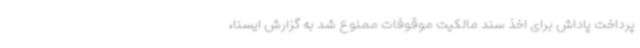
پرداخت پاداش برای اخذ سند مالکیت موقوفات ممنوع شد به گزارش ایسنا،